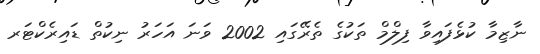
ނާޒިމާ ކުޅެފައިވާ ފިލްމް ތަކުގެ ތެރޭގައި 2002 ވަނަ އަހަރު ނިކުތް ޑައިރެކްޓަރ